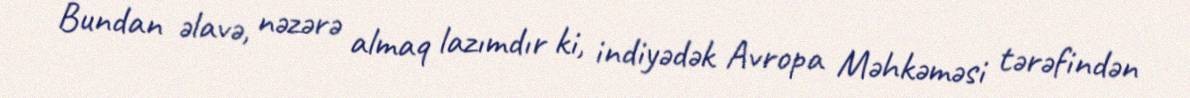
Bundan əlavə, nəzərə almaq lazımdır ki, indiyədək Avropa Məhkəməsi tərəfindən